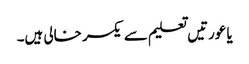
یا عورتیں تعلیم سے یکسر خالی ہیں۔